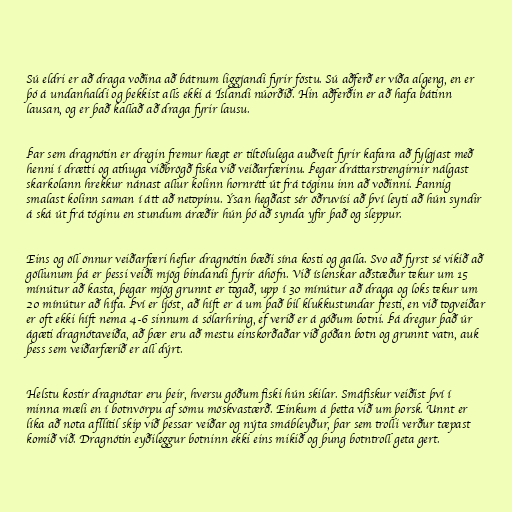
Sú eldri er að draga voðina að bátnum liggjandi fyrir föstu. Sú aðferð er víða algeng, en er
þó á undanhaldi og þekkist alls ekki á Íslandi núorðið. Hin aðferðin er að hafa bátinn
lausan, og er það kallað að draga fyrir lausu.

Þar sem dragnótin er dregin fremur hægt er tiltölulega auðvelt fyrir kafara að fylgjast með
henni í drætti og athuga viðbrögð fiska við veiðarfærinu. Þegar dráttarstrengirnir nálgast
skarkolann hrekkur nánast allur kolinn hornrétt út frá tóginu inn að voðinni. Þannig
smalast kolinn saman í átt að netopinu. Ýsan hegðast sér öðruvísi að því leyti að hún syndir
á ská út frá tóginu en stundum áræðir hún þó að synda yfir það og sleppur.

Eins og öll önnur veiðarfæri hefur dragnótin bæði sína kosti og galla. Svo að fyrst sé vikið að
göllunum þá er þessi veiði mjög bindandi fyrir áhöfn. Við íslenskar aðstæður tekur um 15
mínútur að kasta, þegar mjög grunnt er togað, upp í 30 mínútur að draga og loks tekur um
20 mínútur að hífa. Því er ljóst, að híft er á um það bil klukkustundar fresti, en við togveiðar
er oft ekki híft nema 4-6 sinnum á sólarhring, ef verið er á góðum botni. Þá dregur það úr
ágæti dragnótaveiða, að þær eru að mestu einskorðaðar við góðan botn og grunnt vatn, auk
þess sem veiðarfærið er all dýrt.

Helstu kostir dragnótar eru þeir, hversu góðum fiski hún skilar. Smáfiskur veiðist því í
minna mæli en í botnvörpu af sömu möskvastærð. Einkum á þetta við um þorsk. Unnt er
líka að nota afllítil skip við þessar veiðar og nýta smábleyður, þar sem trolli verður tæpast
komið við. Dragnótin eyðileggur botninn ekki eins mikið og þung botntroll geta gert.